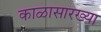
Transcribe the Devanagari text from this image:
काळासारख्या